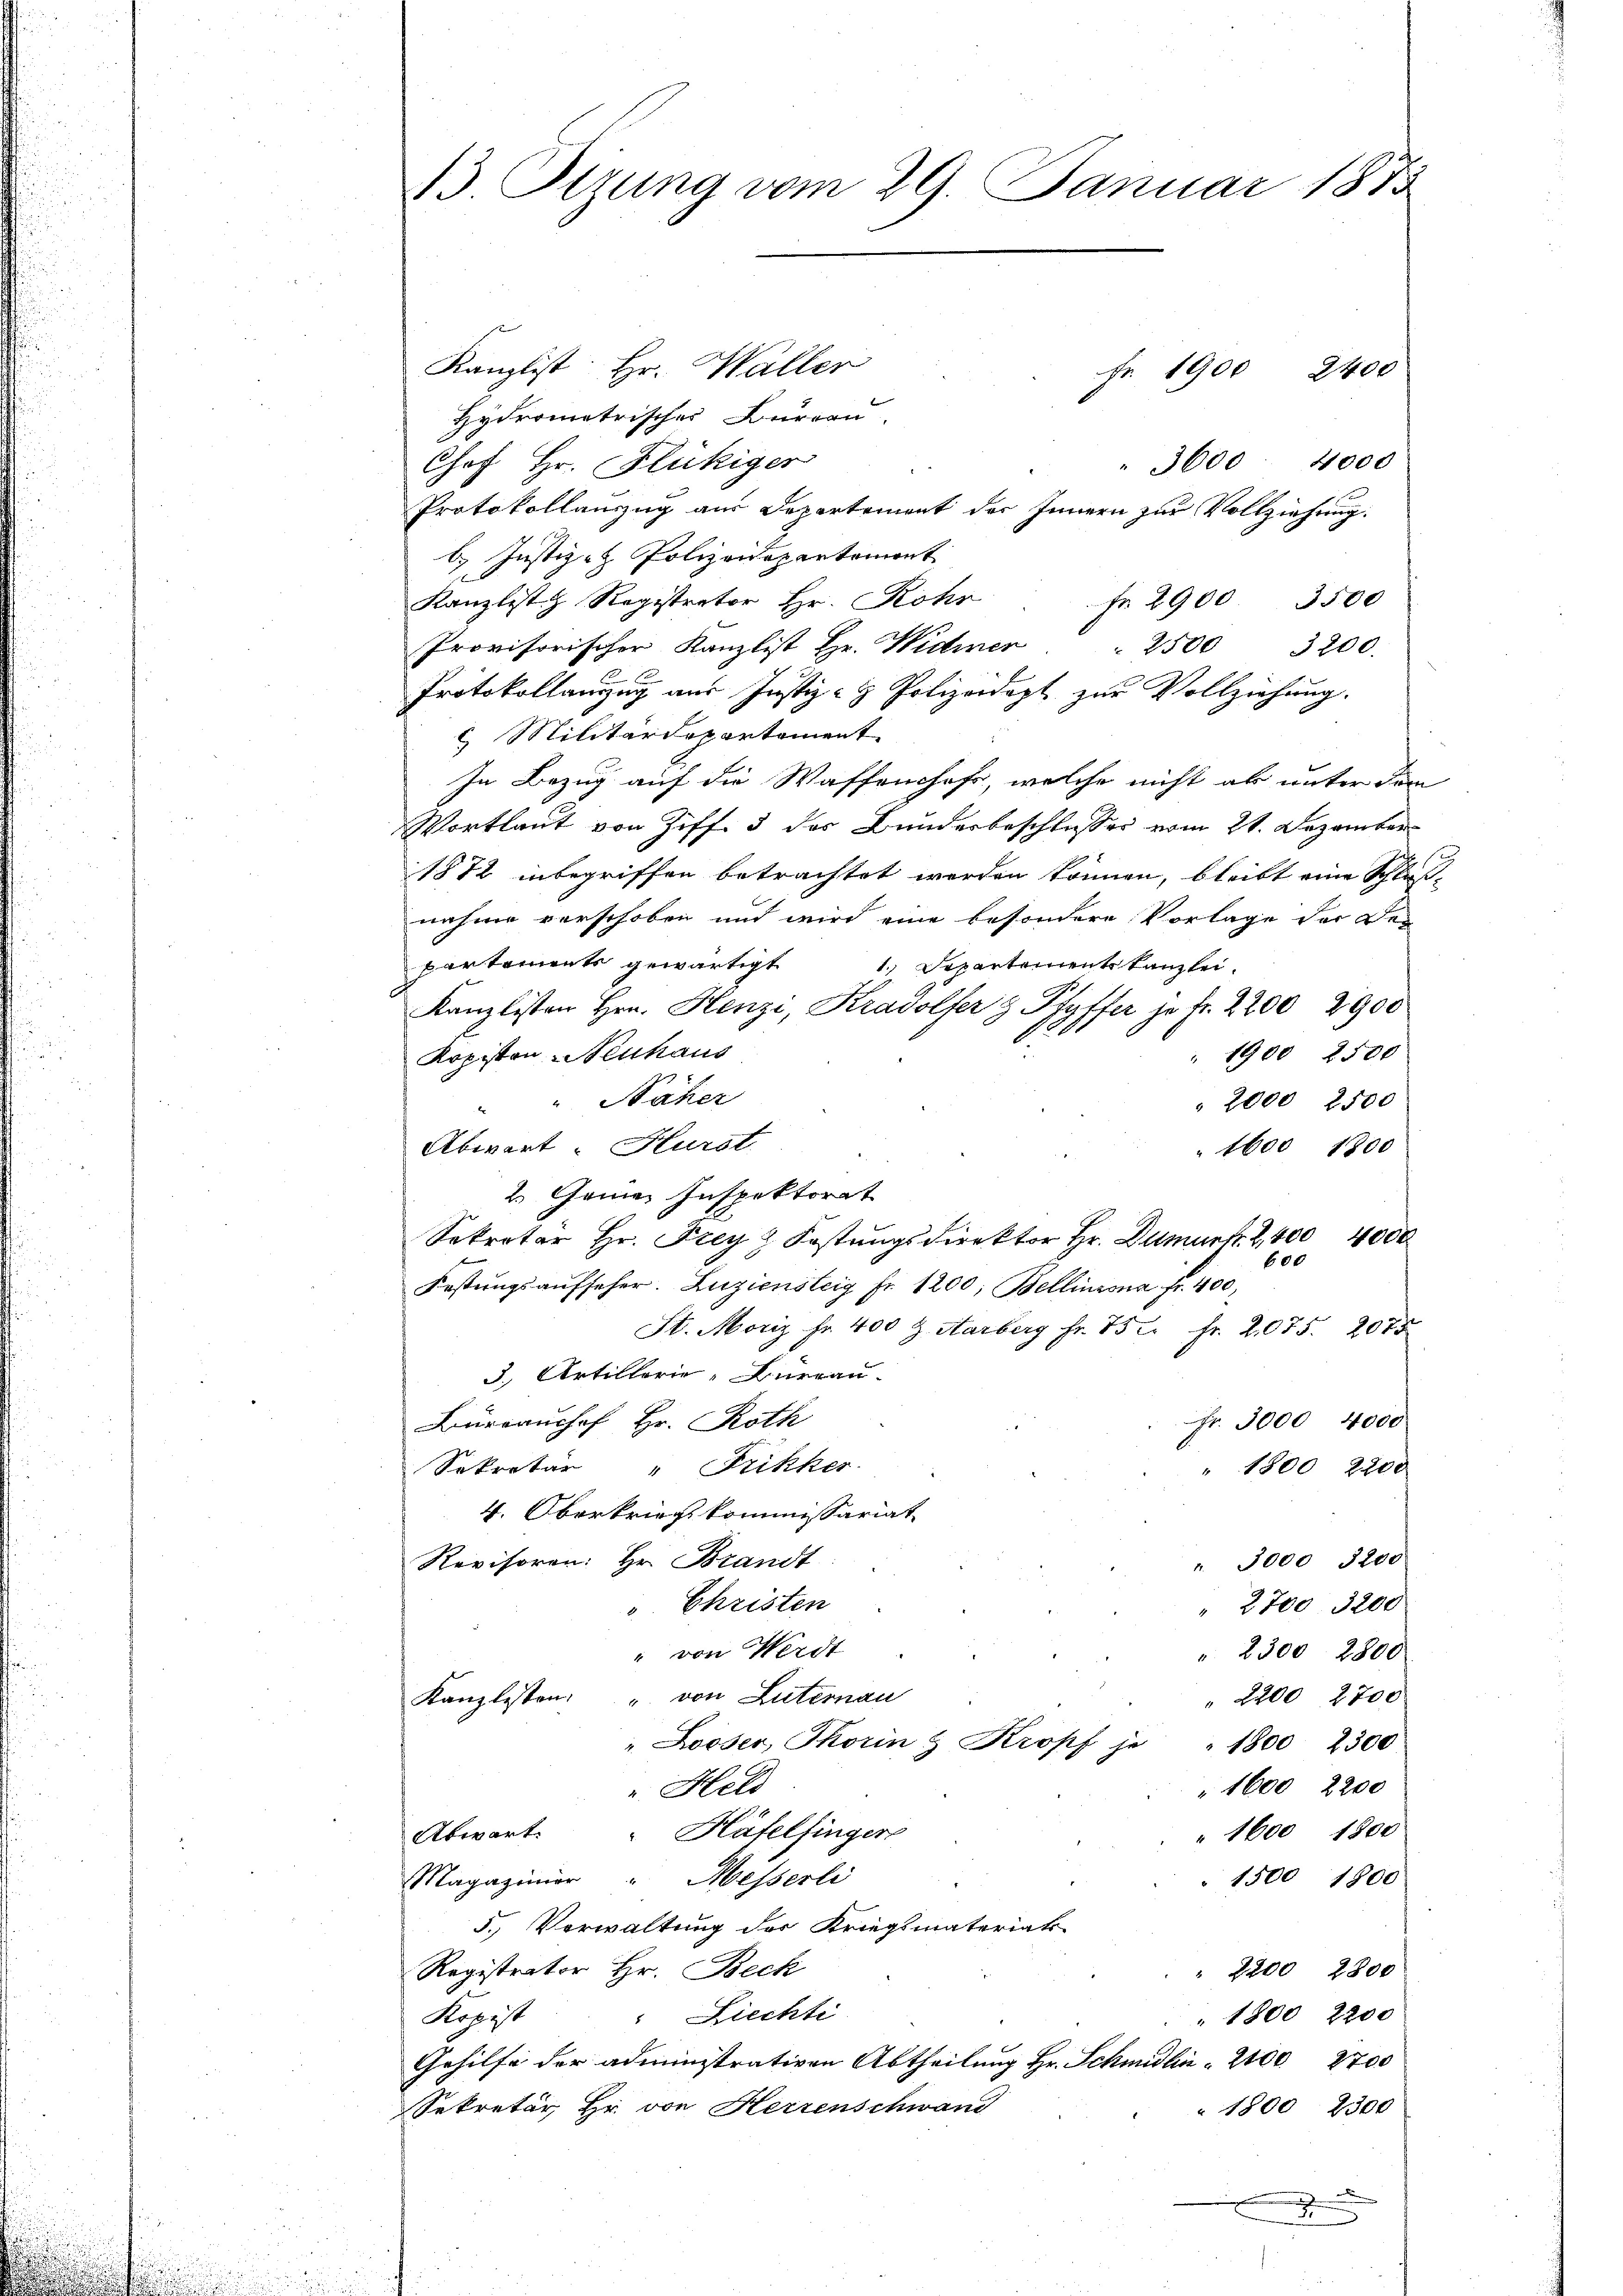
.
e

13. Sizung vom 29. Januar 1875

Kanzlist Hr. Waller
Fr. 1900 2400
Hydrometrisches Bürern
3600 4000
Chof Hr. Flückiger
Protokollanzug aus Departement der Innern zur Vollziehung.
b. Justiz- & Polizeidepartement
Kanzlist Registrator Hr. Rohr fr. 2900 3500
Provisorischer Kanzlist Hr. Widmer . . 2500 3200.
Protokollanzug aus Justiz- & Polizeidept zur Vollziehung.
2 Militärdepartement
In Bezug auf die Waffenshofe, welche nicht ab unter dem
Wortlaut von Ziff. 3 der Bundesbeschlusses vom 21. Dezember
1872 inbegriffen betrachtet werden können, bleibt eine Schluß-
nahme verschoben und wird eine besondere Vorlage der Des
partements gewärtigt 1. Departementskanzlei-
Kanzlisten Hrn. Henzi, Kradolfer & Pfyffer je Fr. 2200, 2900
Kopisten Neuhaus
" 1900 2500
" Näher
" 2000 2500
Abwart - Hurst
 1600 1800
2. Gemei Inspektorat
Sekretär Hr. Frey Festungsdirektor Hr. Dumurk. 2400 4000
600
Festungsaufseher. Luziensteig Fr. 1200; Bellinzona fr. 400,
St. Moriz Fr. 400 Z. Aarberg Fr. 75 Fr. 2,075. 2075
3., Artillerie-Bureau.
Fr. 5000, 4000
Bürraushof Hr. Roth
Sekretär " Frikkes
" 1800 2200
4. Oberkrieg kommissariat
Revisoren: Hr. Brandt
". 3000 3200
v. Christen
" 2700. 3200
" von Herdt
" 2300 2800
Kanzlisten " von Luternau
" 2200 2700
" Looser, Thorin & Kropf je
1800 2500
" 1600 2200
"Held
" 1600 1800
Abwart. " Häfelfinger
1500 1800
Magazinier  "  Messerli
5. Vorwaltung des Kriegsmateriats-
Registrator Hr. Beck
" 2200, 2800
" 1800 2200
Kopist " Liechti
Gehilfe der administrativen Abtheilung Hr. Schmidlin " 2100. 2700
Sekretär, Hr. von Herrenschwand
" 1800 2300
d